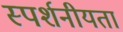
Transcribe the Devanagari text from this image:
स्पर्शनीयता